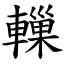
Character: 轈